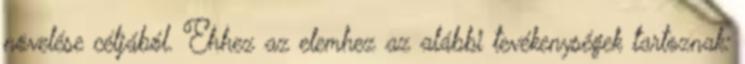
növelése céljából. Ehhez az elemhez az alábbi tevékenységek tartoznak: